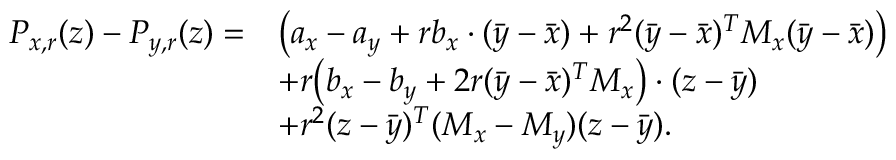
\begin{array} { r l } { P _ { x , r } ( z ) - P _ { y , r } ( z ) = } & { \bigl ( a _ { x } - a _ { y } + r b _ { x } \cdot ( \bar { y } - \bar { x } ) + r ^ { 2 } ( \bar { y } - \bar { x } ) ^ { T } M _ { x } ( \bar { y } - \bar { x } ) \bigr ) } \\ & { + r \bigl ( b _ { x } - b _ { y } + 2 r ( \bar { y } - \bar { x } ) ^ { T } M _ { x } \bigr ) \cdot ( z - \bar { y } ) } \\ & { + r ^ { 2 } ( z - \bar { y } ) ^ { T } ( M _ { x } - M _ { y } ) ( z - \bar { y } ) . } \end{array}